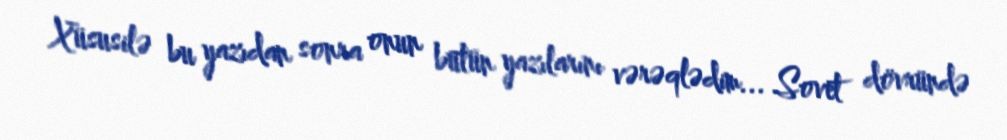
Xüsusilə bu yazıdan sonra onun bütün yazılarını vərəqlədim... Sovet dövründə